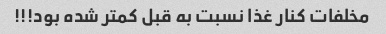
مخلفات کنار غذا نسبت به قبل کمتر شده بود!!!